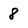
Character: 8